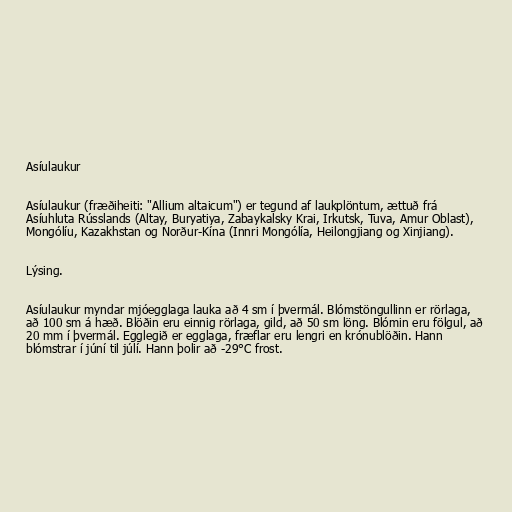
Asíulaukur

Asíulaukur (fræðiheiti: "Allium altaicum") er tegund af laukplöntum, ættuð frá
Asíuhluta Rússlands (Altay, Buryatiya, Zabaykalsky Krai, Irkutsk, Tuva, Amur Oblast),
Mongólíu, Kazakhstan og Norður-Kína (Innri Mongólía, Heilongjiang og Xinjiang).

Lýsing.

Asíulaukur myndar mjóegglaga lauka að 4 sm í þvermál. Blómstöngullinn er rörlaga,
að 100 sm á hæð. Blöðin eru einnig rörlaga, gild, að 50 sm löng. Blómin eru fölgul, að
20 mm í þvermál. Egglegið er egglaga, fræflar eru lengri en krónublöðin. Hann
blómstrar í júní til júlí. Hann þolir að -29°C frost.